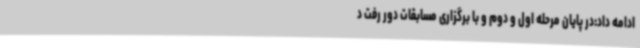
ادامه داد:در پایان مرحله اول و دوم و با برگزاری مسابقات دور رفت د